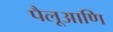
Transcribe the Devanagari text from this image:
पैलूआणि